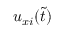
u _ { x i } ( \tilde { t } )